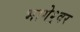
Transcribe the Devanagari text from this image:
भागेश्र्वर